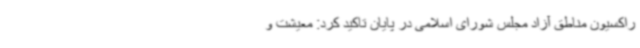
راکسیون مناطق آزاد مجلس شورای اسلامی در پایان تاکید کرد: معیشت و